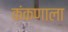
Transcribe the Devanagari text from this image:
कंकणाला